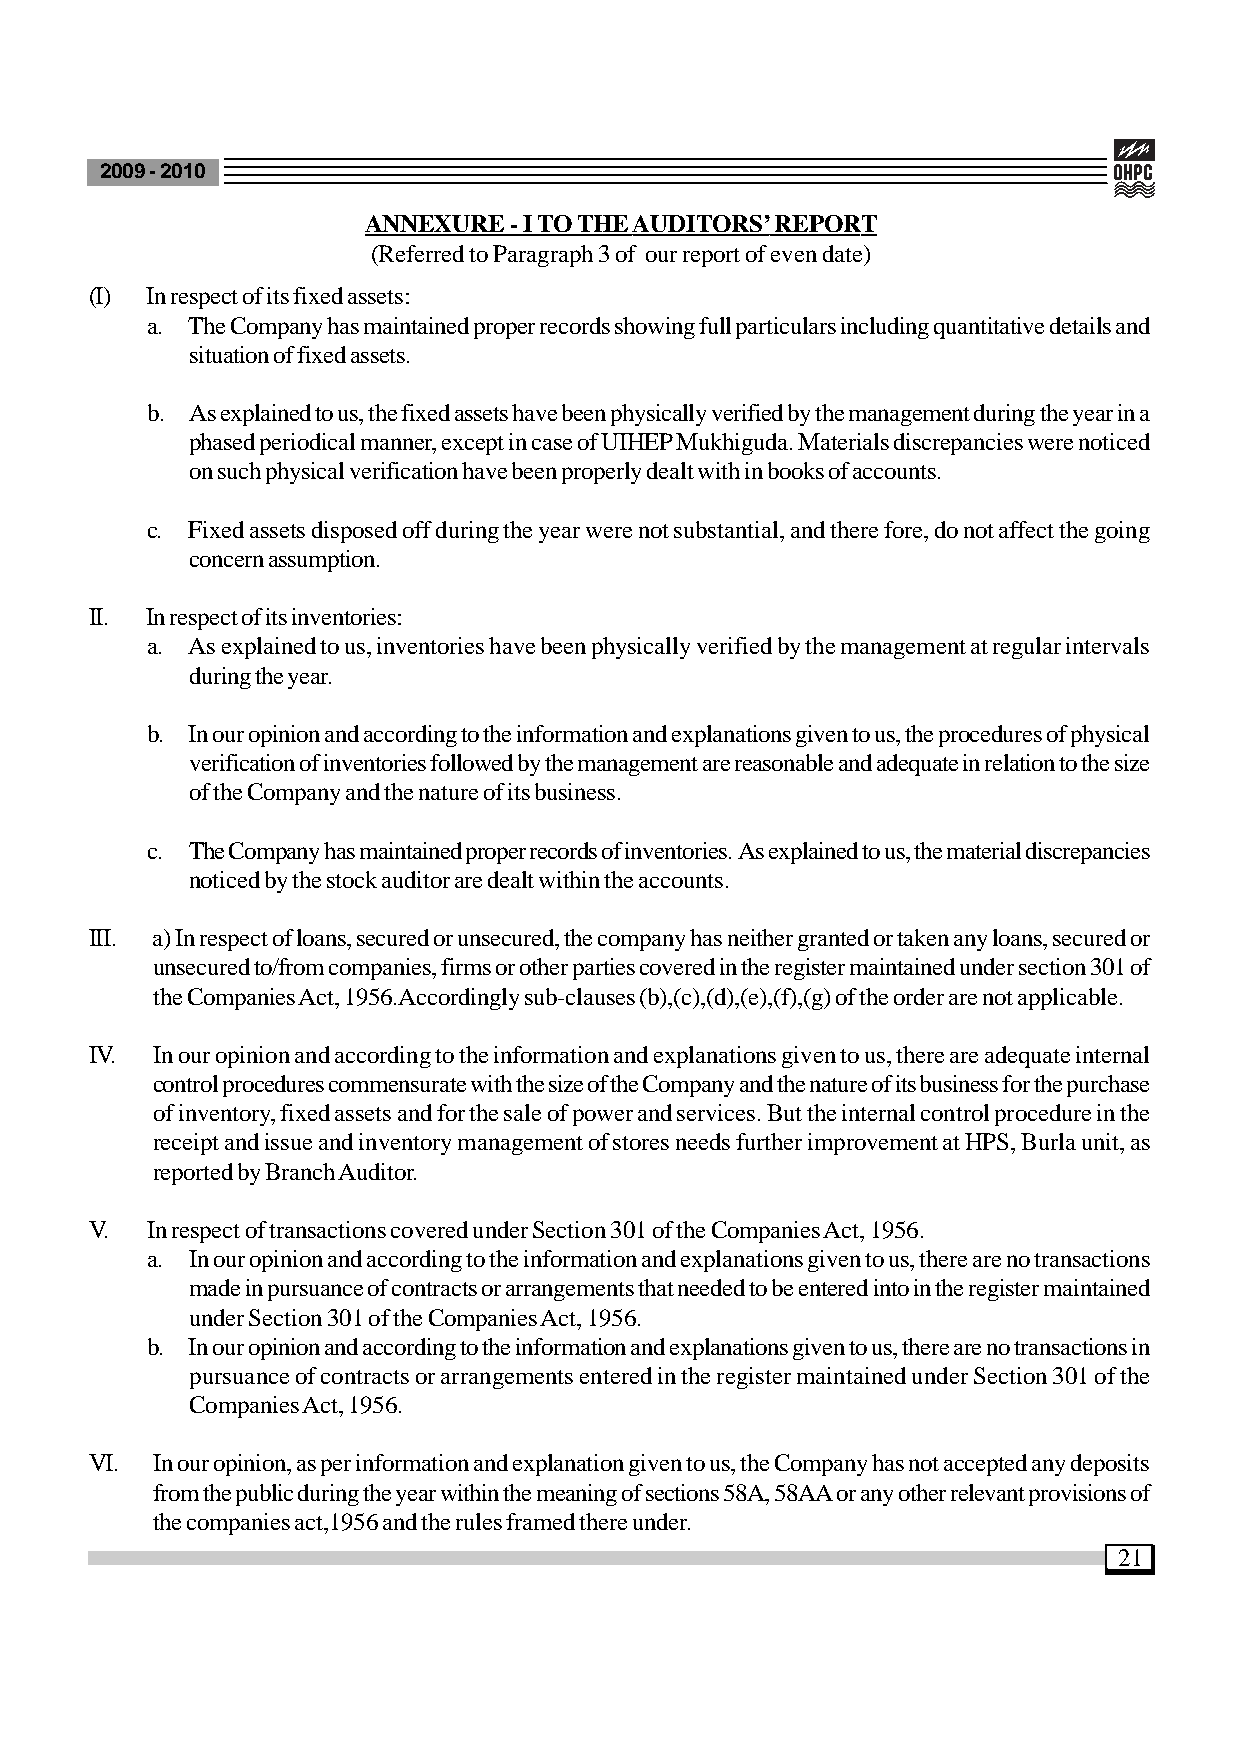
2009 - 2010
 ANNEXURE  - I TO THE AUDITORS’ REPORT
 (Referred to Paragraph 3 of our report of even date)
 (I) In respect of its fixed assets:
 a. The Company has maintained proper records showing full particulars including quantitative details and
 situation of fixed assets.
 b. As explained to us, the fixed assets have been physically verified by the management during the year in a
 phased periodical manner, except in case of UIHEP Mukhiguda. Materials discrepancies were noticed
 on such physical verification have been properly dealt with in books of accounts.
 c. Fixed assets disposed off during the year were not substantial, and there fore, do not affect the going
 concern assumption.
 II. In respect of its inventories:
 a. As explained to us, inventories have been physically verified by the management at regular intervals
 during the year.
 b. In our opinion and according to the information and explanations given to us, the procedures of physical
 verification of inventories followed by the management are reasonable and adequate in relation to the size
 of the Company and the nature of its business.
 c. The Company has maintained proper records of inventories. As explained to us, the material discrepancies
 noticed by the stock auditor are dealt within the accounts.
 III. a) In respect of loans, secured or unsecured, the company has neither granted or taken any loans, secured or
 unsecured to/from companies, firms or other parties covered in the register maintained under section 301 of
 the Companies Act, 1956.Accordingly sub-clauses (b),(c),(d),(e),(f),(g) of the order are not applicable.
 IV. In our opinion and according to the information and explanations given to us, there are adequate internal
 control procedures commensurate with the size of the Company and the nature of its business for the purchase
 of inventory, fixed assets and for the sale of power and services. But the internal control procedure in the
 receipt and issue and inventory management of stores needs further improvement at HPS, Burla unit, as
 reported by Branch Auditor.
 V.  In respect of transactions covered under Section 301 of the Companies Act, 1956.
 a. In our opinion and according to the information and explanations given to us, there are no transactions
 made in pursuance of contracts or arrangements that needed to be entered into in the register maintained
 under Section 301 of the Companies Act, 1956.
 b. In our opinion and according to the information and explanations given to us, there are no transactions in
 pursuance of contracts or arrangements entered in the register maintained under Section 301 of the
 Companies Act, 1956.
 VI. In our opinion, as per information and explanation given to us, the Company has not accepted any deposits
 from the public during the year within the meaning of sections 58A, 58AA or any other relevant provisions of
 the companies act,1956 and the rules framed there under.
 21